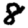
Digit: 8